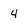
Character: 4